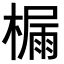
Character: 𪳬